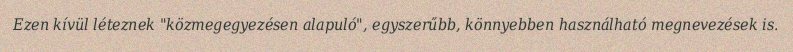
Ezen kívül léteznek "közmegegyezésen alapuló", egyszerűbb, könnyebben használható megnevezések is.